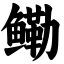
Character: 鳓